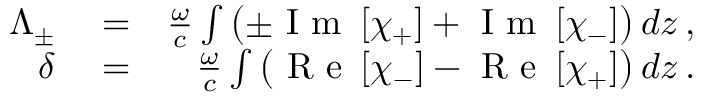
\begin{array} { r l r } { \Lambda _ { \pm } } & { { } = } & { \frac { \omega } { c } \int \left( \pm \mathrm { ~ I ~ m ~ } \left[ \chi _ { + } \right] + \mathrm { ~ I ~ m ~ } \left[ \chi _ { - } \right] \right) d z \, , } \\ { \delta } & { { } = } & { \frac { \omega } { c } \int \left( \mathrm { ~ R ~ e ~ } \left[ \chi _ { - } \right] - \mathrm { ~ R ~ e ~ } \left[ \chi _ { + } \right] \right) d z \, . } \end{array}